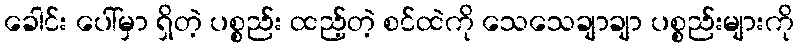
ခေါင်း ပေါ်မှာ ရှိတဲ့ ပစ္စည်း ထည့်တဲ့ စင်ထဲကို သေသေချာချာ ပစ္စည်းများကို